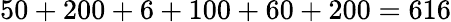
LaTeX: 50+200+6+100+60+200=616